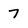
Character: 7